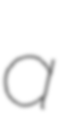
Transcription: a